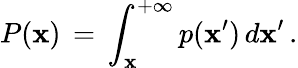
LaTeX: P(\mathbf{x})\, =\, \int_{\mathbf{x}}^{+\infty}p(\mathbf{x}^{\prime})\, d\mathbf{x}^{\prime}\, .